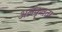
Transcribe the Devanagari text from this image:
अलंकृतता